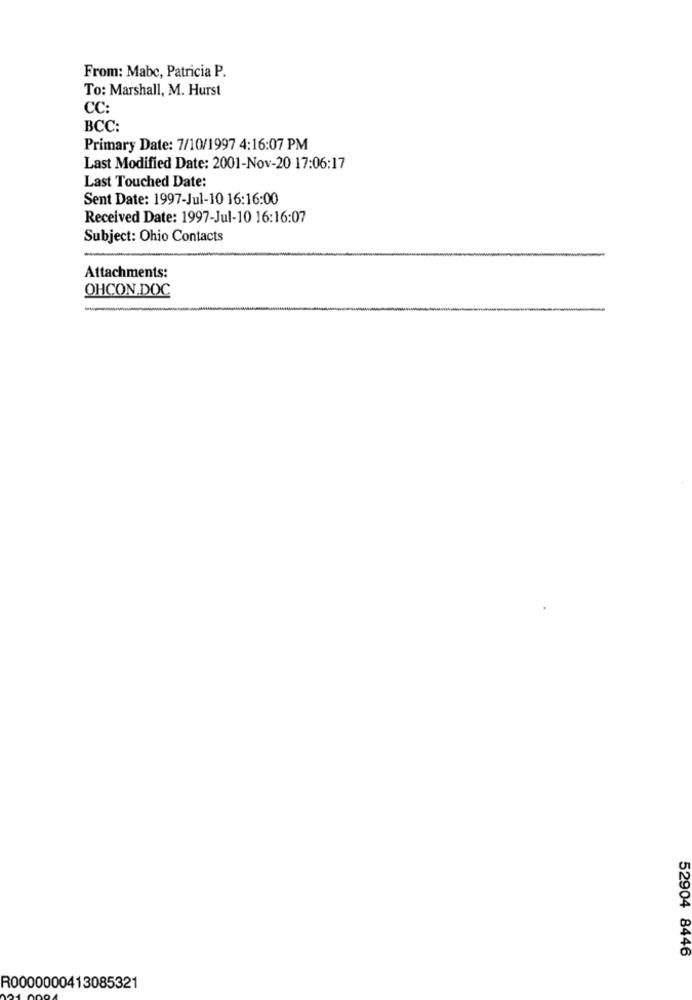
From: Mabe, Patricia P.
To: Marshall, M. Hurst
CC:
BCC:
Primary Date: 7/10/1997 4:16:07 PM
Last Modified Date: 2001-Nov-20 17:06:17
Last Touched Date:
Sent Date: 1997-Jul-10 16:16:00
Received Date: 1997-Jul-10 16:16:07
Subject: Ohio Contacts
Attachments:
OHCON.DOC
52904 8446
R0000000413085321